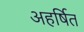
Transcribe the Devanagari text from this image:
अहर्षित